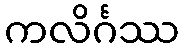
ကလိင်္ဂဿ